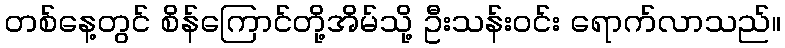
တစ်နေ့တွင် စိန်ကြောင်တို့အိမ်သို့ ဦးသန်းဝင်း ရောက်လာသည်။